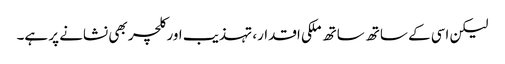
لیکن اسی کے ساتھ ساتھ ملکی اقدار، تہذیب اور کلچر بھی نشانے پر ہے۔